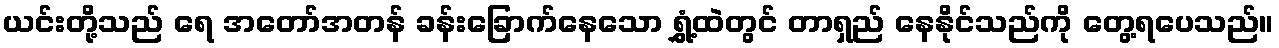
ယင်းတို့သည် ရေ အတော်အတန် ခန်းခြောက်နေသော ရွှံ့ထဲတွင် တာရှည် နေနိုင်သည်ကို တွေ့ရပေသည်။